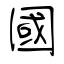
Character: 國